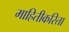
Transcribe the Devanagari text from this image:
माहितीकरिता